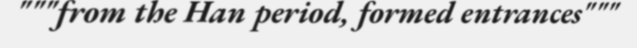
"""from the Han period, formed entrances"""